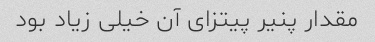
مقدار پنیر پیتزای آن خیلی زیاد بود